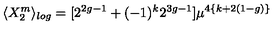
\langle X _ { 2 } ^ { m } \rangle _ { l o g } = [ 2 ^ { 2 g - 1 } + ( - 1 ) ^ { k } 2 ^ { 3 g - 1 } ] \mu ^ { 4 \{ k + 2 ( 1 - g ) \} }